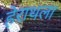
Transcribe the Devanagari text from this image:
हेराथला